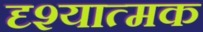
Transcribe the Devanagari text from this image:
दृश्‍यात्‍मक